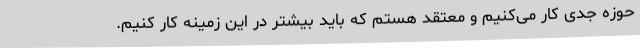
حوزه جدی کار می‌کنیم و معتقد هستم که باید بیشتر در این زمینه کار کنیم.